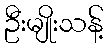
ဦးမျိုးသန့်